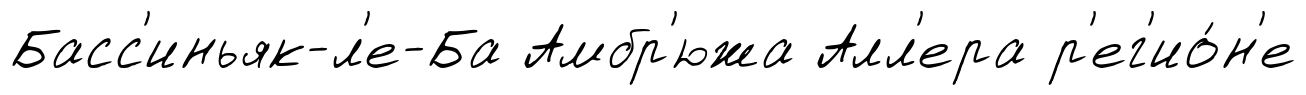
Басс'иньяк-л'е-Ба Амбр'южа Алл'ера р'ег'ио́н'е